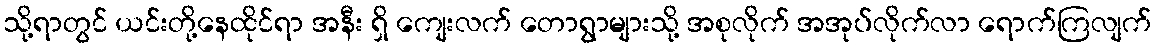
သို့ရာတွင် ယင်းတို့နေထိုင်ရာ အနီး ရှိ ကျေးလက် တောရွာများသို့ အစုလိုက် အအုပ်လိုက်လာ ရောက်ကြလျက်